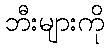
ဘီးများကို